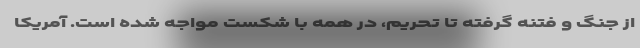
از جنگ و فتنه گرفته تا تحریم، در همه با شکست مواجه شده است. آمریکا